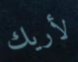
لأريك